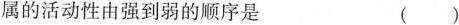
属的活动性由强到弱的顺序是 （）